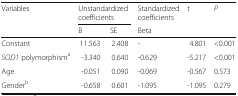
<table><thead><tr><td rowspan="2"><b>Variables</b></td><td colspan="2"><b>Unstandardized coefficients</b></td><td><b>Standardized coefficients</b></td><td><b>t</b></td><td><b><i>P</i></b></td></tr><tr><td><b>B</b></td><td><b>SE</b></td><td><b>Beta</b></td><td></td><td></td></tr></thead><tbody><tr><td>Constant</td><td>11.563</td><td>2.408</td><td>-</td><td>4.801</td><td>&lt;0.001</td></tr><tr><td><i>SOD1</i> polymorphism<sup>a</sup></td><td>-3.340</td><td>0.640</td><td>-0.629</td><td>-5.217</td><td>&lt;0.001</td></tr><tr><td>Age</td><td>-0.051</td><td>0.090</td><td>-0.069</td><td>-0.567</td><td>0.573</td></tr><tr><td>Gender<sup>b</sup></td><td>-0.658</td><td>0.601</td><td>-1.095</td><td>-1.095</td><td>0.279</td></tr></tbody></table>